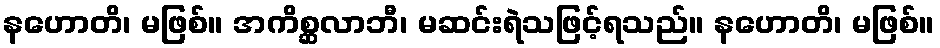
နဟောတိ၊ မဖြစ်။ အကိစ္ဆလာဘီ၊ မဆင်းရဲသဖြင့်ရသည်။ နဟောတိ၊ မဖြစ်။